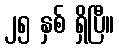
၂၅ နှစ် ရှိပြီ။